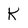
Character: K